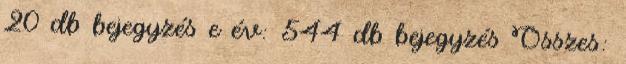
20 db bejegyzés e év: 544 db bejegyzés Összes: